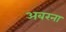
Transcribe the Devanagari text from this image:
अबरना